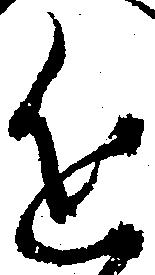
近